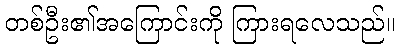
တစ်ဦး၏အကြောင်းကို ကြားရလေသည်။